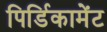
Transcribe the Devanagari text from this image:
पिर्डिकामेंट